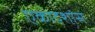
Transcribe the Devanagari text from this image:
एकादशांस